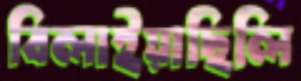
বিলাইয়াছিলি